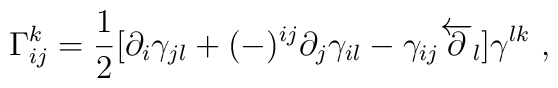
\Gamma^k_{ij} = {1 \over 2}[\partial_i \gamma_{jl} + (-)^{ij}\partial_j\gamma_{il} - \gamma_{ij}\overleftarrow \partial_l ]\gamma^{lk}\ ,